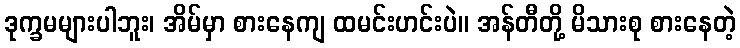
ဒုက္ခမများပါဘူး၊ အိမ်မှာ စားနေကျ ထမင်းဟင်းပဲ။ အန်တီတို့ မိသားစု စားနေတဲ့